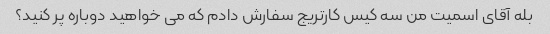
بله آقای اسمیت من سه کیس کارتریج سفارش دادم که می خواهید دوباره پر کنید؟